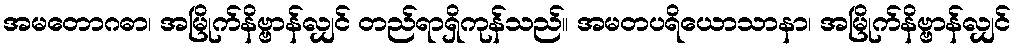
အမတောဂဓာ၊ အမြိုက်နိဗ္ဗာန်လျှင် တည်ရာရှိကုန်သည်။ အမတပရိယောသာနာ၊ အမြိုက်နိဗ္ဗာန်လျှင်